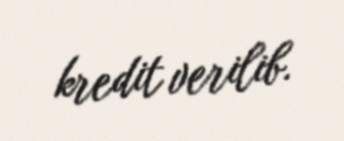
kredit verilib.